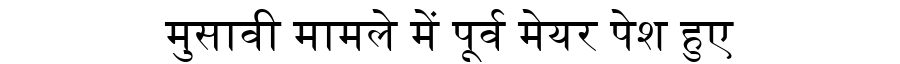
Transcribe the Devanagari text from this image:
मुसावी मामले में पूर्व मेयर पेश हुए